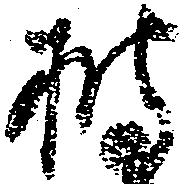
披